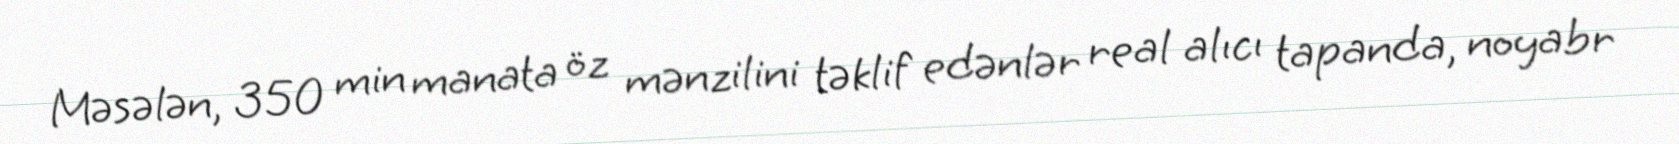
Məsələn, 350 min manata öz mənzilini təklif edənlər real alıcı tapanda, noyabr